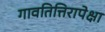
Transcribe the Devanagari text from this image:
गावतित्तिरापेक्षा